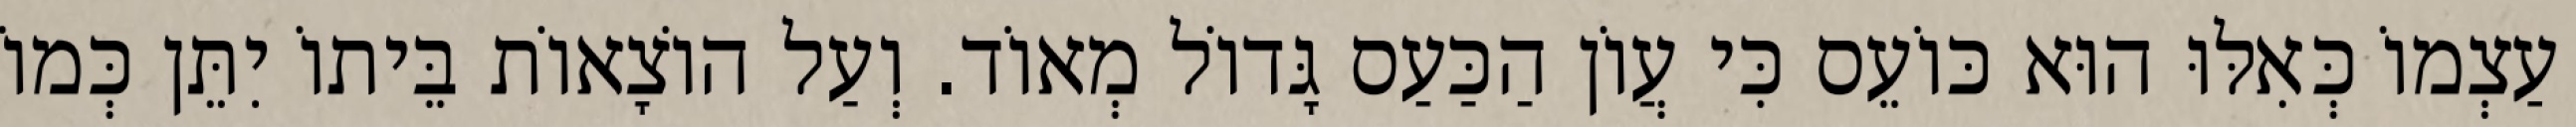
עַצְמוֹ כְּאִלּוּ הוּא כּוֹעֵס כִּי עֲוֹן הַכַּעַס גָּדוֹל מְאוֹד. וְעַל הוֹצָאוֹת בֵּיתוֹ יִתֵּן כְּמוֹ